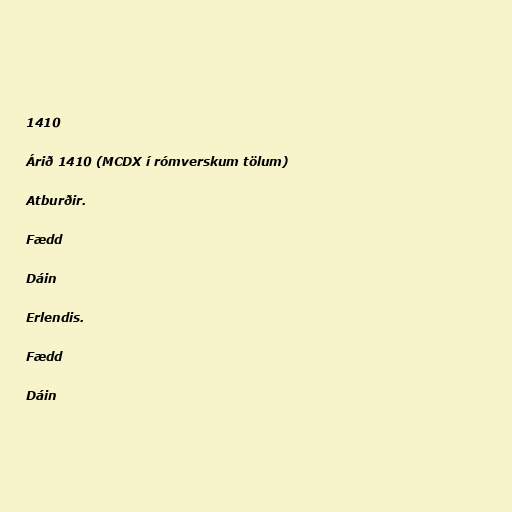
1410

Árið 1410 (MCDX í rómverskum tölum)

Atburðir.

Fædd

Dáin

Erlendis.

Fædd

Dáin